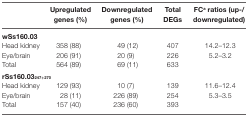
<table><thead><tr><td></td><td><b>Upregulated genes (%)</b></td><td><b>Downregulated genes (%)</b></td><td><b>Total DEGs</b></td><td><b>FC<sup>a</sup> ratios (up-/downregulated)</b></td></tr></thead><tbody><tr><td colspan="5"><b>wSs160.03</b></td></tr><tr><td>Head kidney</td><td>358 (88)</td><td>49 (12)</td><td>407</td><td>14.2–12.3</td></tr><tr><td>Eye/brain</td><td>206 (91)</td><td>20 (9)</td><td>226</td><td>5.2–3.2</td></tr><tr><td>Total</td><td>564 (89)</td><td>69 (11)</td><td>633</td><td></td></tr><tr><td colspan="5"><b>rSs160.03<sub>247+270</sub></b></td></tr><tr><td>Head kidney</td><td>129 (93)</td><td>10 (7)</td><td>139</td><td>11.6–12.4</td></tr><tr><td>Eye/brain</td><td>28 (11)</td><td>226 (89)</td><td>254</td><td>5.3–3.5</td></tr><tr><td>Total</td><td>157 (40)</td><td>236 (60)</td><td>393</td><td></td></tr></tbody></table>